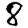
Digit: 8